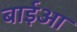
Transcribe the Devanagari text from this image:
बाईआ